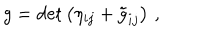
LaTeX: g = \mathrm { d e t } \left( \eta _ { i j } + { \tilde { g } } _ { i j } \right) \, ,